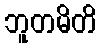
ဘူတမိတိ